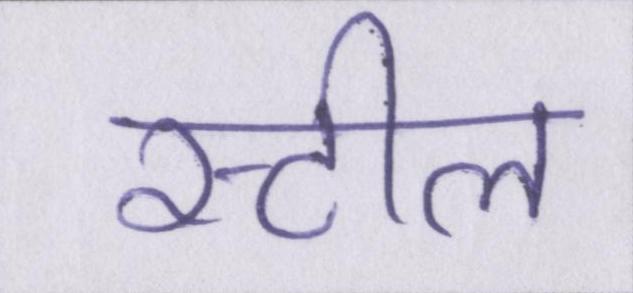
स्टील